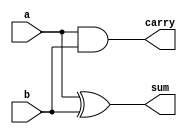
module half_add_behavioral (a,b,sum,carry);

input a,b;
output reg sum, carry;

always@(a or b) begin
    sum = a^b;
    carry = a&b;
end
    
endmodule